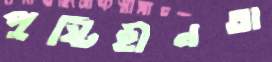
পুষ্টিহীনতা